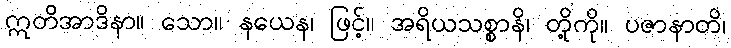
ဣတိအာဒိနာ။ သော။ နယေန၊ ဖြင့်။ အရိယသစ္စာနိ၊ တို့ကို။ ပဇာနာတိ၊